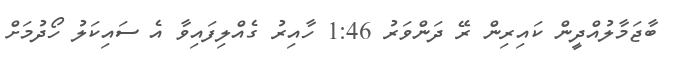
ބާޖަމާލުއްދީން ކައިރިން ރޭ ދަންވަރު 1:46 ހާއިރު ގެއްލިފައިވާ އެ ސައިކަލު ހޯދުމަށް